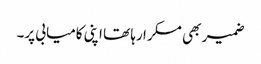
ضمیر بھی مسکرا رہا تھا اپنی کامیابی پر۔